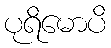
ပုရိမောပိ